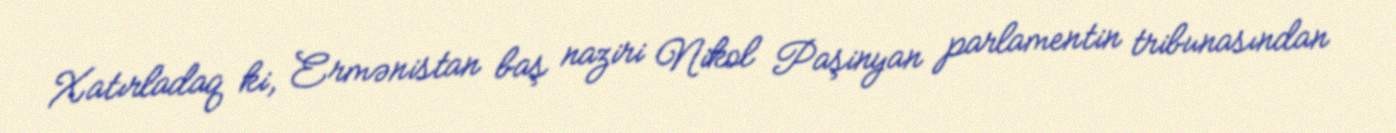
Xatırladaq ki, Ermənistan baş naziri Nikol Paşinyan parlamentin tribunasından